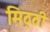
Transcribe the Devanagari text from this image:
मिठ्ठी